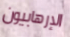
الإرهابيون